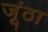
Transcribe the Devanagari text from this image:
जूंठा